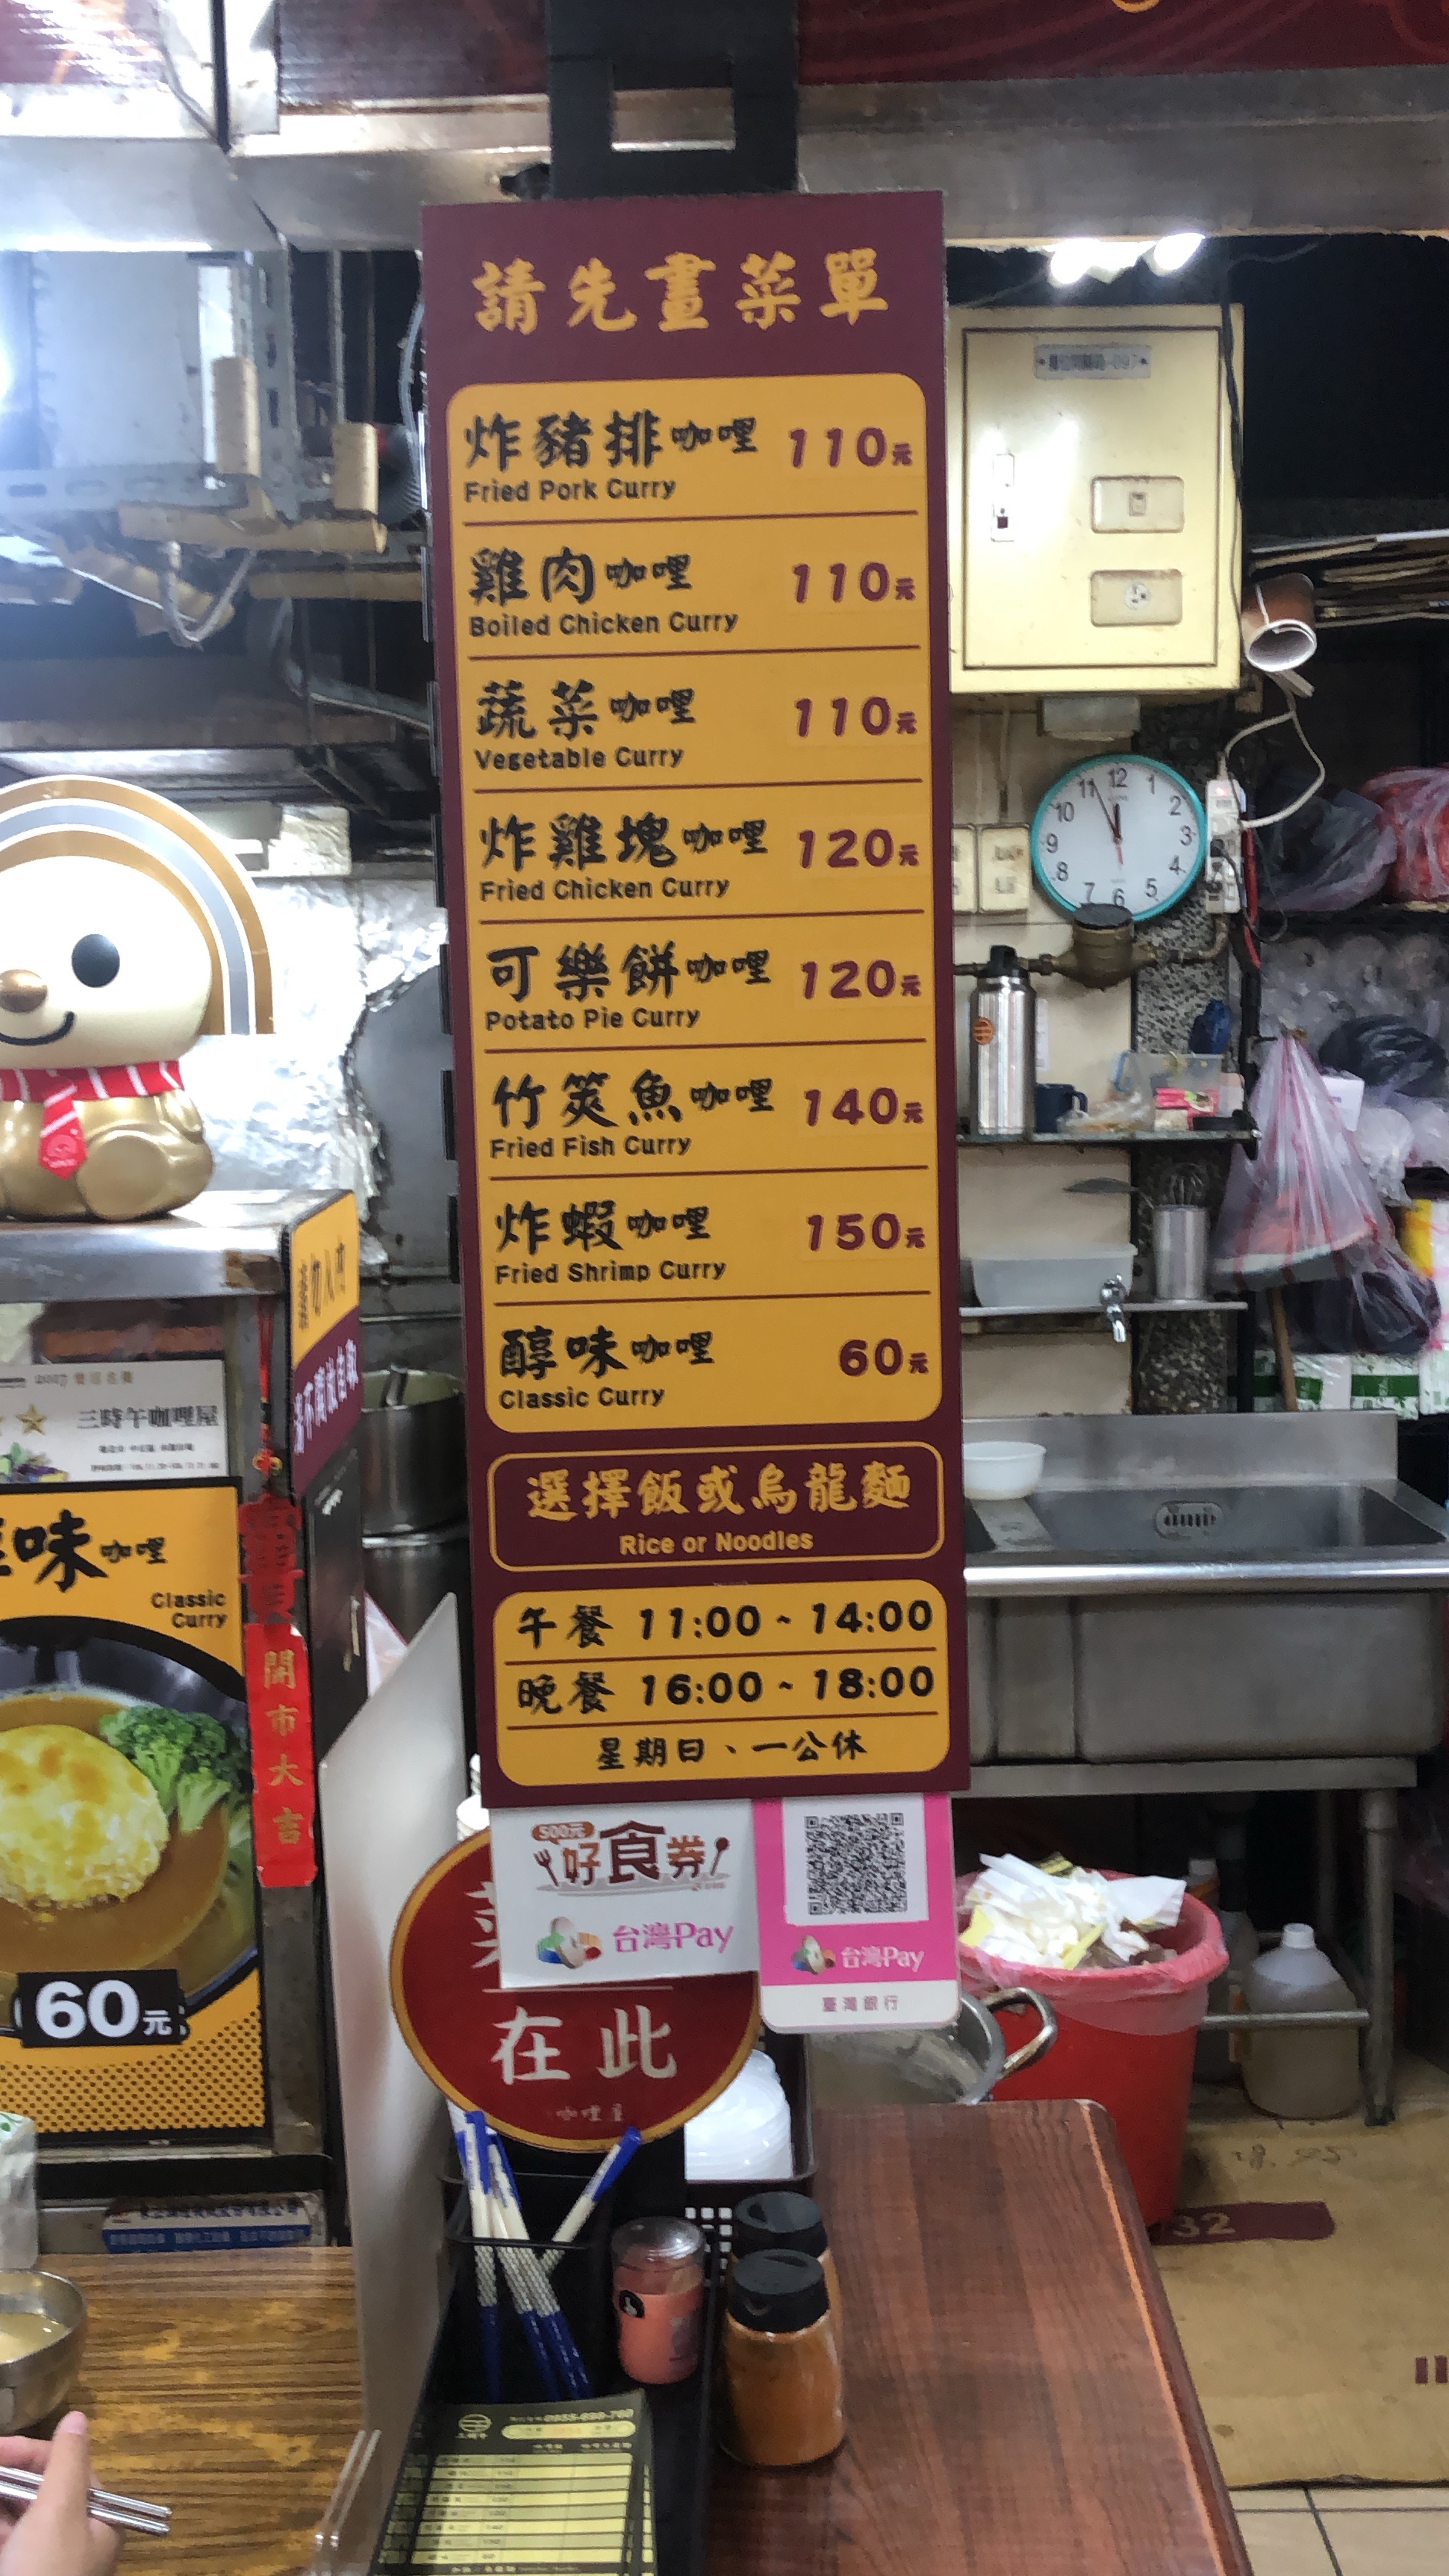
餐廳：三時午咖哩屋
營業時間：Lunch 11:00-14:00, Dinner 16:00-18:00, Closed on Sundays and Mondays
菜單：
name: Fried Pork Curry
price: 110元
name: Boiled Chicken Curry
price: 110元
name: Vegetable Curry
price: 110元
name: Fried Chicken Curry
price: 120元
name: Potato Pie Curry
price: 120元
name: Fried Fish Curry
price: 140元
name: Fried Shrimp Curry
price: 150元
name: Classic Curry
price: 60元